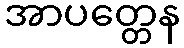
အာပတ္တေန